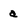
Character: a